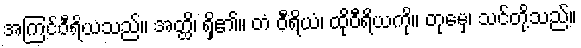
အကြင်ဝီရိယသည်။ အတ္ထိ၊ ရှိ၏။ တံ ဝီရိယံ၊ ထိုဝီရိယကို။ တုမှေ၊ သင်တို့သည်။